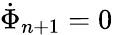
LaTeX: \dot{\Phi}_{n+1}=0